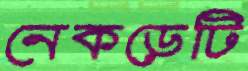
নেকড়েটি